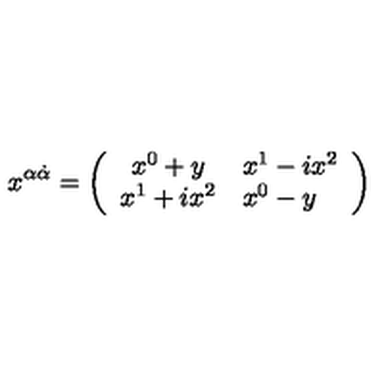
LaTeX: x ^ { \alpha { \dot { \alpha } } } = \left( \begin{array} { c l } { x ^ { 0 } + y } & { x ^ { 1 } - i x ^ { 2 } } \\ { x ^ { 1 } + i x ^ { 2 } } & { x ^ { 0 } - y } \\ \end{array} \right)